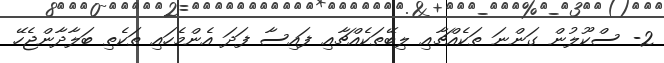
2- ސްކޫލުން ގަންނަ ތަކެއްޗާއި ލިބޭތަކެއްޗާއި ފައިސާ ފަދަ އެންމެހައި ތަކެތި ބަލާދާންޖެހޭ